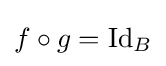
f\circ g=\operatorname {Id} _{B}